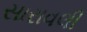
સારાવલી